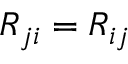
R _ { j i } = R _ { i j }